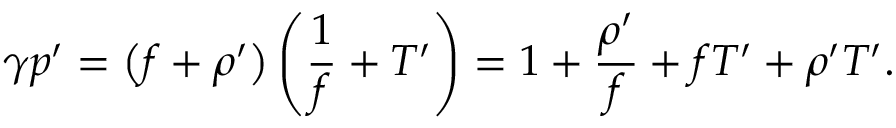
\gamma p ^ { \prime } = \left( f + \rho ^ { \prime } \right) \left( \frac { 1 } { f } + T ^ { \prime } \right) = 1 + \frac { \rho ^ { \prime } } { f } + f T ^ { \prime } + \rho ^ { \prime } T ^ { \prime } .